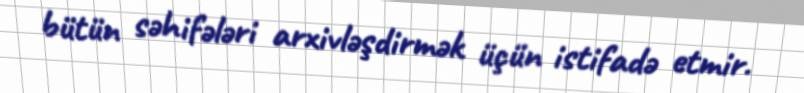
bütün səhifələri arxivləşdirmək üçün istifadə etmir.